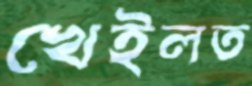
খেইলত